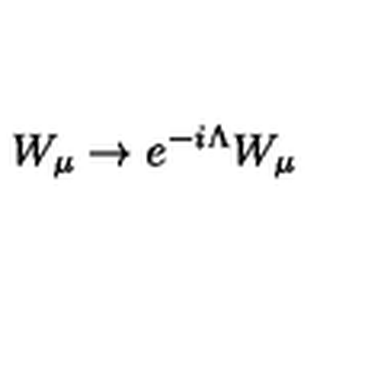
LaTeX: W _ { \mu } \rightarrow e ^ { - i \Lambda } W _ { \mu }